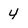
Character: 4